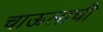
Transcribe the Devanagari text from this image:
चाऊलाची